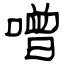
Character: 噌